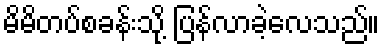
မိမိတပ်စခန်းသို့ ပြန်လာခဲ့လေသည်။